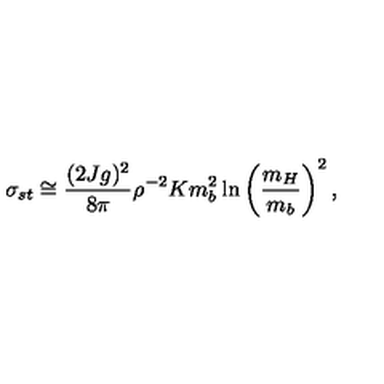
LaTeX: \sigma _ { s t } \cong { \frac { ( 2 J g ) ^ { 2 } } { 8 \pi } } \rho ^ { - 2 } K m _ { b } ^ { 2 } \ln \left( { \frac { m _ { H } } { m _ { b } } } \right) ^ { 2 } ,